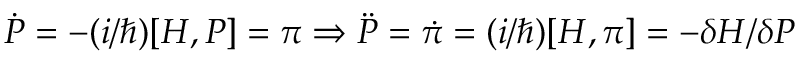
{ \dot { P } } = - ( i / \hbar ) [ H , P ] = \pi \Rightarrow \ddot { P } = \dot { \pi } = ( i / \hbar ) [ H , \pi ] = - \delta H / \delta P